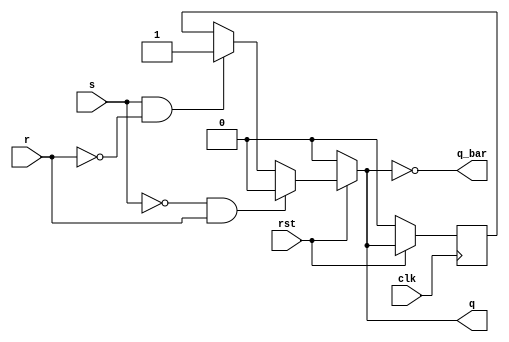
`timescale 1ns/1ps
module sr_latch(s,r,rst,clk,q,q_bar);
  input s,r,rst,clk;
  output reg q,q_bar;
  
  reg q_store;  // Temporary register to hold the value of q
  
  
  // To store the previous value of q (This will be used to implement hold condition)
  always@(posedge clk)
     begin
       if(rst == 0) q_store <= 0;
       else         q_store <= q;   // This will be used to implement hold condition
     end
   
  always@(*)  q_bar = ~q;
    
  always@(*)
     begin
        if(rst == 0) q = 1'b0;
        else 
          begin
             if     (s == 0 && r == 1)      q = 1'b0    ;  // reset condition
             else if(s == 1 && r == 0 )     q = 1'b1    ;  // set condition
             else                           q = q_store ;  // hold condition (We use q_store here to avoid combinatorial loop detected violation)
          end
     end
endmodule